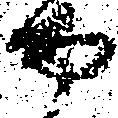
守